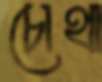
চোথা